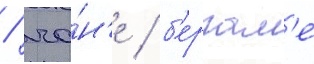
/ ча́н'е / б'ергам'е